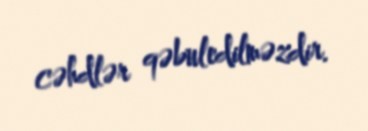
cəhdlər qəbuledilməzdir.